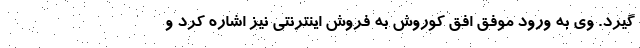
‌گیرد. وی به ورود موفق افق کوروش به فروش اینترنتی نیز اشاره کرد و